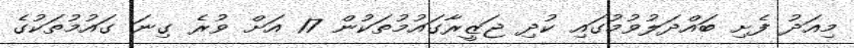
މިއަދު ފެށި ބައްދަލުވުމުގައި ކުދި ޖަޒީރާގައުމުތަކުން 17 އަށް ވުރެ ގިނަ ގައުމުތަކުގެ